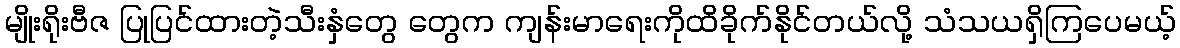
မျိုးရိုးဗီဇ ပြုပြင်ထားတဲ့သီးနှံတွေ တွေက ကျန်းမာရေးကိုထိခိုက်နိုင်တယ်လို့ သံသယရှိကြပေမယ့်